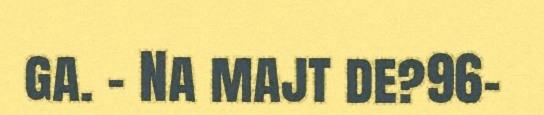
ga. – Na majt de?96–